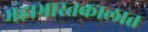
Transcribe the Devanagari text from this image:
महाभारतकालात